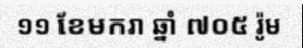
១១ ខែមករា ឆ្នាំ ៧០៥ រ៉ូម